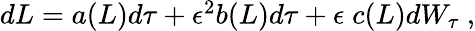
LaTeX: \begin{array}{r}{dL=a(L)d\tau+\epsilon^{2}b(L)d\tau+\epsilon\; c(L)dW_{\tau}\ ,}\end{array}